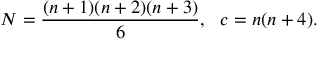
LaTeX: N = \frac { ( n + 1 ) ( n + 2 ) ( n + 3 ) } { 6 } , \ \ c = n ( n + 4 ) .